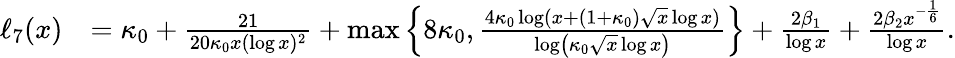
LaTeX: \begin{array}{rl}{\ell_{7}(x)}&{=\kappa_{0}+\frac{21}{20\kappa_{0}x(\log{x})^{2}}+\operatorname*{max}\left\{ 8\kappa_{0},\frac{4\kappa_{0}\log(x+(1+\kappa_{0})\sqrt{x}\log{x})}{\log\left(\kappa_{0}\sqrt{x}\log{x}\right)}\right\} +\frac{2\beta_{1}}{\log{x}}+\frac{2\beta_{2}x^{-\frac{1}{6}}}{\log{x}}.}\end{array}